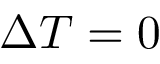
\Delta T = 0